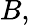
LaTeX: B,